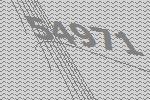
54971